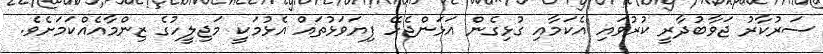
ސަރުކާރު ޖަވާބުދާރީ ކުރުވައި އެކަމާއި ގުޅިގެން އަޅަންޖެހޭ ފިޔަވަޅުތައް އެޅުމަކީ މަޖިލީހުގެ ޒިންމާއެއްކަމަށެވެ.